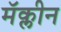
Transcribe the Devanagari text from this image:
मॅक्लीन